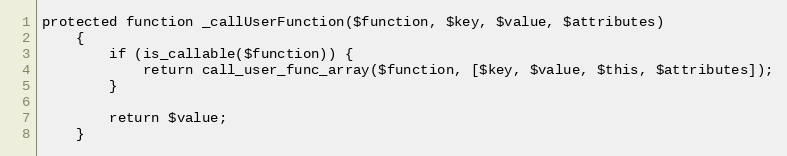
Language: PHP
protected function _callUserFunction($function, $key, $value, $attributes)
    {
        if (is_callable($function)) {
            return call_user_func_array($function, [$key, $value, $this, $attributes]);
        }

        return $value;
    }